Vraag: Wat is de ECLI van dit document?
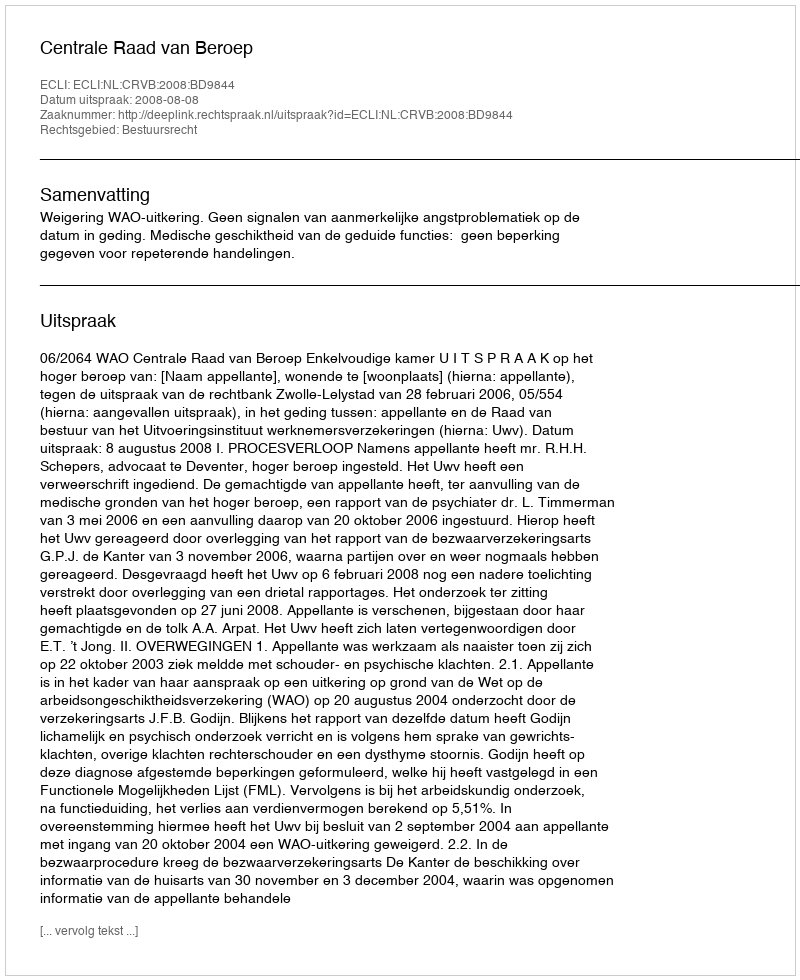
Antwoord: ECLI:NL:CRVB:2008:BD9844